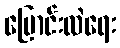
ပြောင်းလဲရေး